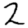
Digit: 2